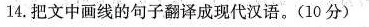
14.把文中画线的句子翻译成现代汉语。(10分)